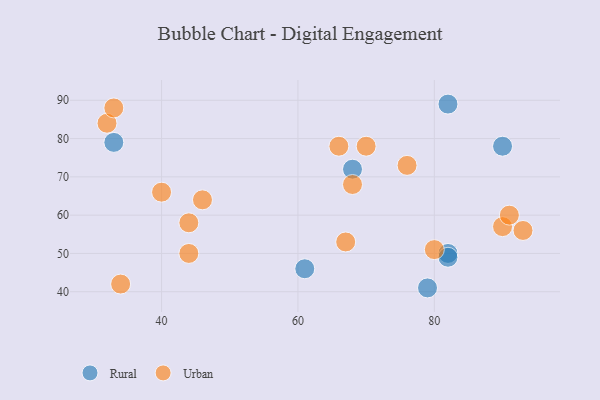
{"axis": {"x": "GDP", "y": "Life Expectancy"}, "legend": ["Rural", "Urban"], "data": [{"x": "82", "y": 50, "type": "Rural"}, {"x": "79", "y": 41, "type": "Rural"}, {"x": "68", "y": 72, "type": "Rural"}, {"x": "90", "y": 78, "type": "Rural"}, {"x": "82", "y": 89, "type": "Rural"}, {"x": "82", "y": 49, "type": "Rural"}, {"x": "33", "y": 79, "type": "Rural"}, {"x": "61", "y": 46, "type": "Rural"}, {"x": "66", "y": 78, "type": "Urban"}, {"x": "90", "y": 57, "type": "Urban"}, {"x": "40", "y": 66, "type": "Urban"}, {"x": "44", "y": 58, "type": "Urban"}, {"x": "46", "y": 64, "type": "Urban"}, {"x": "76", "y": 73, "type": "Urban"}, {"x": "44", "y": 50, "type": "Urban"}, {"x": "70", "y": 78, "type": "Urban"}, {"x": "32", "y": 84, "type": "Urban"}, {"x": "93", "y": 56, "type": "Urban"}, {"x": "34", "y": 42, "type": "Urban"}, {"x": "67", "y": 53, "type": "Urban"}, {"x": "68", "y": 68, "type": "Urban"}, {"x": "33", "y": 88, "type": "Urban"}, {"x": "91", "y": 60, "type": "Urban"}, {"x": "80", "y": 51, "type": "Urban"}]}